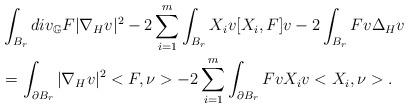
LaTeX: \begin{align*} & \int_{B_r} div_{\mathbb{G}} F |\nabla_{H} v|^2 - 2\sum_{i=1}^{m}\int_{B_r} X_i v [X_i, F]v - 2 \int_{B_r} Fv \Delta_{H} v \\ &= \int_{\partial B_r} |\nabla_{H} v|^2 < F, \nu> -2\sum_{i=1}^{m} \int_{\partial B_r}Fv X_iv < X_i, \nu>. \end{align*}